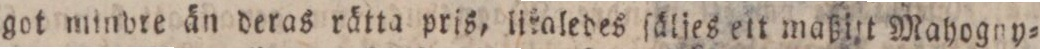
got minbre än deras rätta pris, litaledes ſäljes ett maßitt Mahogny=